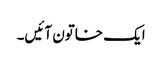
ایک خاتون آئیں‌۔